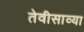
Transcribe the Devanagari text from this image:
तेवीसाव्‍या